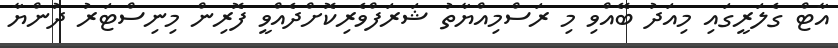
އާޓް ގެލަރީގައި މިއަދު ބޭއްވި މި ރަސްމިއްޔާތު ޝަރަފްވެރިކޮށްދެއްވީ ފޮރިން މިނިސްޓަރު ދުންޔާ